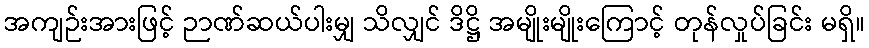
အကျဉ်းအားဖြင့် ဉာဏ်ဆယ်ပါးမျှ သိလျှင် ဒိဋ္ဌိ အမျိုးမျိုးကြောင့် တုန်လှုပ်ခြင်း မရှိ။